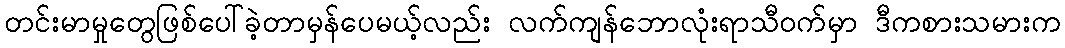
တင်းမာမှုတွေဖြစ်ပေါ်ခဲ့တာမှန်ပေမယ့်လည်း လက်ကျန်ဘောလုံးရာသီဝက်မှာ ဒီကစားသမားက